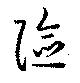
險